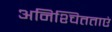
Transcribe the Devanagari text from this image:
अनिश्चितताएं